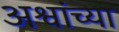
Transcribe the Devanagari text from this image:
अश्वांच्या